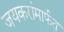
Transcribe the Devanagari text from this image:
जयकरांमार्फत